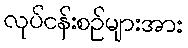
လုပ်ငန်းစဉ်များအား